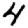
Digit: 4